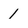
Character: 1